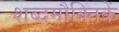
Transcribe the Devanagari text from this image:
शब्दमौक्तिकें